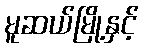
မူဆယ်မြို့နှင့်